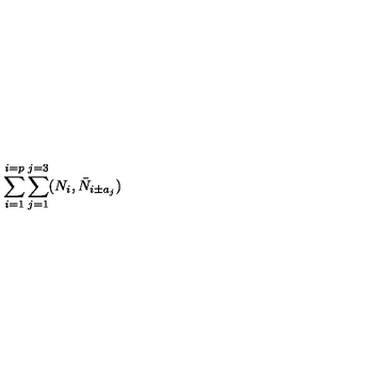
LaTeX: \sum _ { i = 1 } ^ { i = p } \sum _ { j = 1 } ^ { j = 3 } ( N _ { i } , \bar { N } _ { i \pm a _ { j } } )